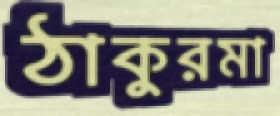
ঠাকুরমা